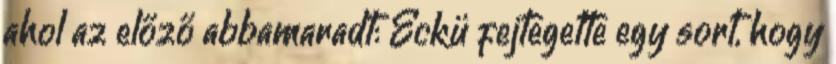
ahol az előző abbamaradt: Eckü fejtegette egy sort, hogy